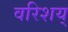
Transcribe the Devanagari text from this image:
वरिशय्